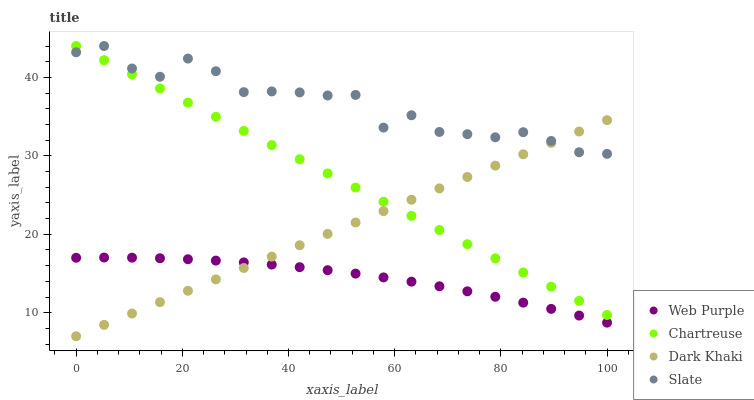
| xaxis_label | Web Purple | Chartreuse | Dark Khaki | Slate |
 | --- | --- | --- | --- | --- |
 | 0 | 17 | 44 | 7 | 43.2 |
 | 5.26 | 17 | 42.2 | 8.45 | 44 |
 | 10.5 | 17 | 40.4 | 9.9 | 41.1 |
 | 15.8 | 16.9 | 38.6 | 11.4 | 40.1 |
 | 21.1 | 16.8 | 36.8 | 12.8 | 42.4 |
 | 26.3 | 16.6 | 35 | 14.3 | 40.8 |
 | 31.6 | 16.4 | 33.2 | 15.7 | 38.1 |
 | 36.8 | 16.1 | 31.4 | 17.2 | 38.2 |
 | 42.1 | 15.8 | 29.6 | 18.6 | 38.1 |
 | 47.4 | 15.4 | 27.8 | 20.1 | 37.7 |
 | 52.6 | 15 | 26 | 21.5 | 37.8 |
 | 57.9 | 14.5 | 24.2 | 23 | 33.6 |
 | 63.2 | 14 | 22.3 | 24.4 | 35.2 |
 | 68.4 | 13.4 | 20.5 | 25.9 | 33 |
 | 73.7 | 12.7 | 18.7 | 27.3 | 32.8 |
 | 78.9 | 12 | 16.9 | 28.8 | 32.4 |
 | 84.2 | 11.3 | 15.1 | 30.2 | 33 |
 | 89.5 | 10.5 | 13.3 | 31.7 | 31.9 |
 | 94.7 | 9.64 | 11.5 | 33.1 | 30.5 |
 | 100 | 8.74 | 9.71 | 34.6 | 30.3 |